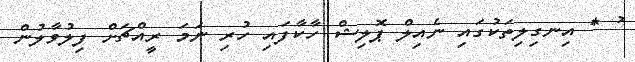
ު * އިނގިލިތަކުގައި ނެއިލް ޕޮލިޝް ހާކާފައި ހުރި ނަމަ ރީއްޗަށް ފިލުވާލުން